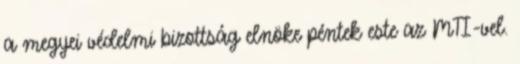
a megyei védelmi bizottság elnöke péntek este az MTI-vel.